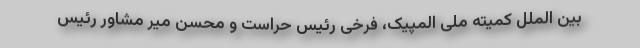
بین الملل کمیته ملی المپیک، فرخی رئیس حراست و محسن میر مشاور رئیس